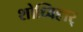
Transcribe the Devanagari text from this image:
शोध्विहार्